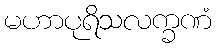
မဟာပုရိသလက္ခဏံ